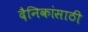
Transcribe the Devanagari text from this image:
दैनिकांसाठी